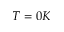
T = 0 K